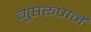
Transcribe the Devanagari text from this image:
गुप्तरुपानें